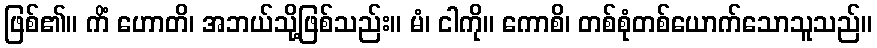
ဖြစ်၏။ ကိံ ဟောတိ၊ အဘယ်သို့ဖြစ်သည်း။ မံ၊ ငါကို။ ကောစိ၊ တစ်စုံတစ်ယောက်သောသူသည်။